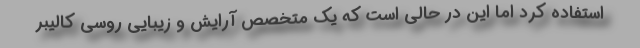
استفاده کرد اما این در حالی است که یک متخصص آرایش و زیبایی روسی کالیبر